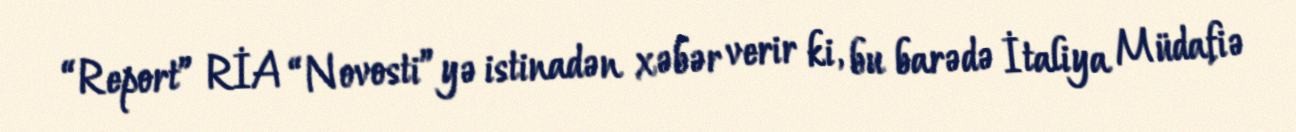
“Report” RİA “Novosti”yə istinadən xəbər verir ki, bu barədə İtaliya Müdafiə